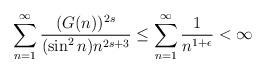
LaTeX: \begin{align*}\sum \limits_{n=1}^{\infty}\frac{(G(n))^{2s}}{(\sin^2n) n^{2s+3}}&\leq \sum \limits_{n=1}^{\infty}\frac{1}{n^{1+\epsilon}}<\infty \end{align*}